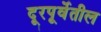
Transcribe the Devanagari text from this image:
दूरपूर्वेतील